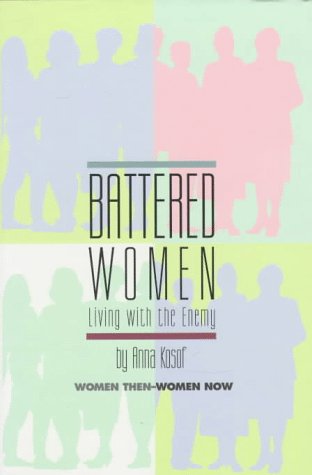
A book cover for Battered Women: Living With the Enemy (Women Then--Women Now); Anna Kosof; Teen & Young Adult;